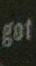
got